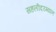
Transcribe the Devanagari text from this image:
सहलीदरम्यान